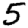
Digit: 5